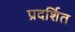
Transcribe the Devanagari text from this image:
प्रदर्शित